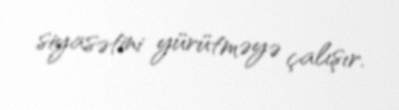
siyasətini yürütməyə çalışır.